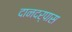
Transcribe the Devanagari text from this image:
दानदर्पास